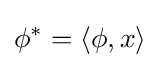
\phi ^{*}=\langle \phi ,x\rangle